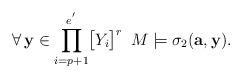
LaTeX: \begin{align*}\forall\,\mathbf{y}\in\displaystyle{\prod_{i=p+1}^{e^{'}}}\big{[}Y_i\big{]}^r\,\,\,M\models\sigma_2(\mathbf{a},\mathbf{y}).\end{align*}